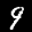
Label: 9